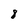
Character: 8